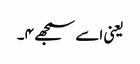
یعنی اسے سمجھے ۴۔